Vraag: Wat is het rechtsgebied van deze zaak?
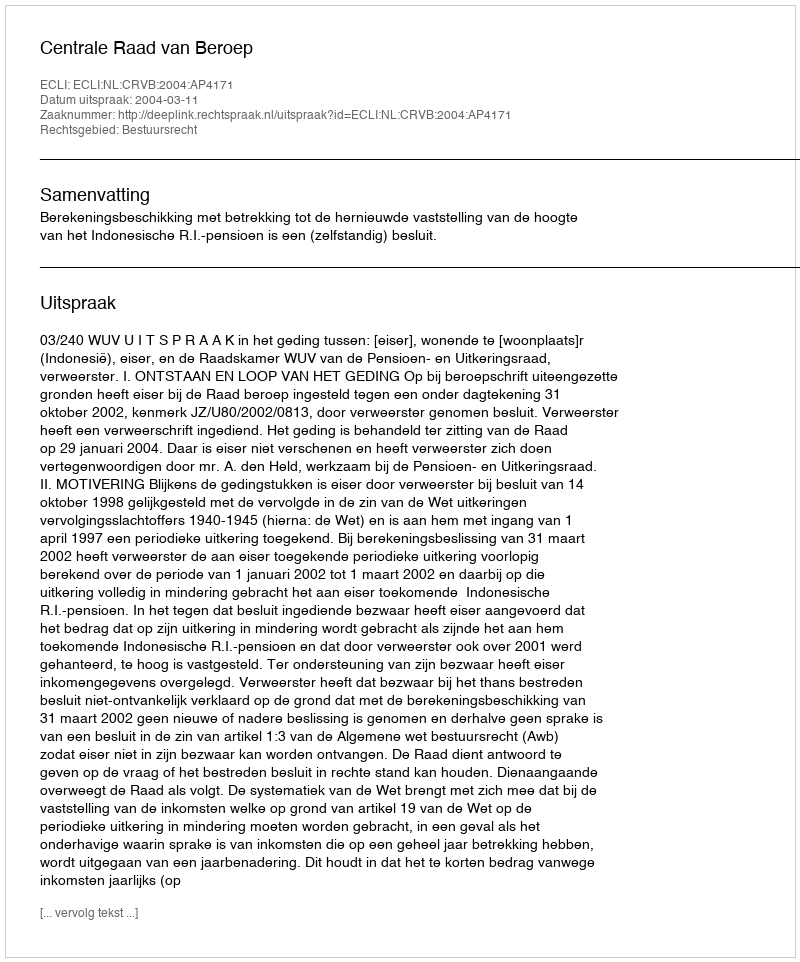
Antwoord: Bestuursrecht